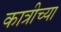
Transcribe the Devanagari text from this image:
कात्रीच्या